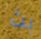
بث